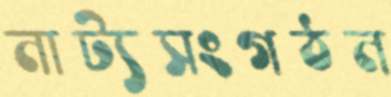
নাট্যসংগঠন